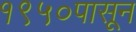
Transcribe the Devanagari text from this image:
१९५०पासून